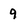
Character: 9